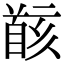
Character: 𩠚